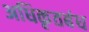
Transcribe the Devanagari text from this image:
अधिकृतबंध